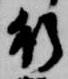
行